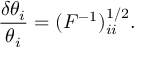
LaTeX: \frac { \delta \theta _ { i } } { \theta _ { i } } = ( F ^ { - 1 } ) _ { i i } ^ { 1 / 2 } .